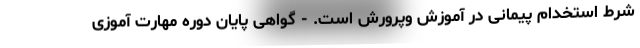
شرط استخدام پیمانی در آموزش وپرورش است. - گواهی پایان دوره مهارت آموزی